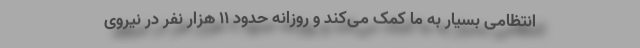
انتظامی بسیار به ما کمک می‌کند و روزانه حدود ۱۱ هزار نفر در نیروی